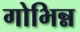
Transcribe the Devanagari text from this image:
गोभिन्न